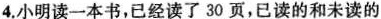
4.小明读一本书，已经读了30页，已读的和未读的